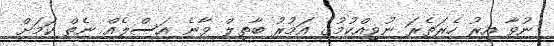
ނުވާ އިރު ހެރަތެރަ ނުވިއްކުމުގެ އަމުރު ބާތިލް ވާނެ އަސްލެއް ނެތް ކަމަށް